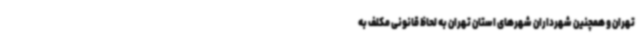
تهران و همچنین شهرداران شهرهای استان تهران به لحاظ قانونی مکلف به